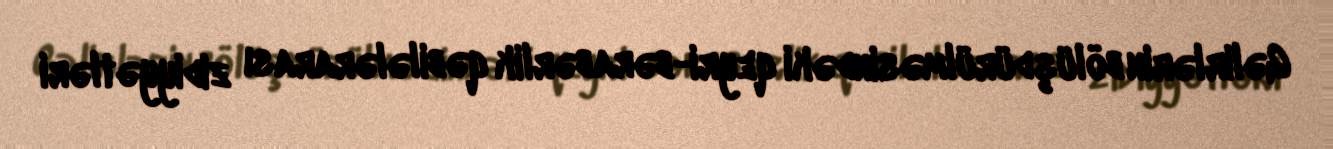
Gəlirlərin bölüşdürülməsindəki qeyri-bərabərlik qəbilələrarası zidiyyətləri